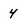
Character: 4